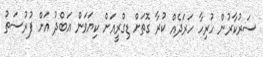
ސަރުކާރުން ހުރިހާ ހަރަދެއް ކުރާ ގޮތަށް ޑިގްރީއަށް ކިޔަވަން އަބްދު އަށް ފުރުސަތު